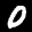
Label: 0